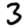
Digit: 3